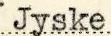
Jyske